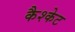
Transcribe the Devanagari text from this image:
कैश्केट